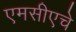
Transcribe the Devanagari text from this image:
एमसीएचे